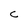
Character: c